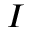
I